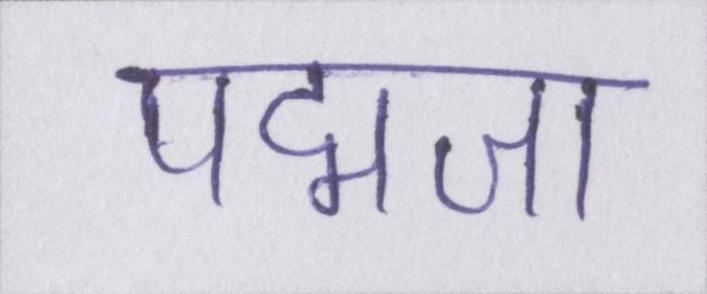
पद्मजा